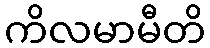
ကိလမာမီတိ